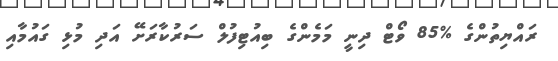
ރައްޔިތުންގެ %85 ވޯޓް ދިނީ މަމެންގެ ބިއުޓިފުލް ސަރުކާރަށޭ އަދި މުޅި ގައުމާއި